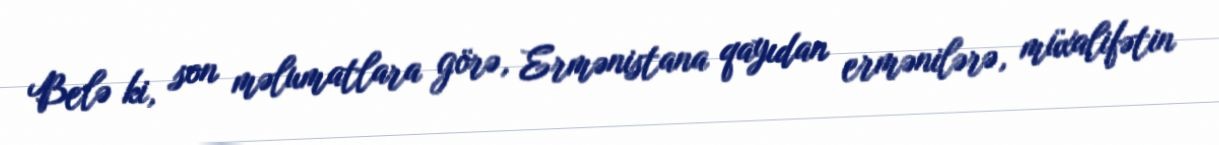
Belə ki, son məlumatlara görə, Ermənistana qayıdan ermənilərə, müxalifətin